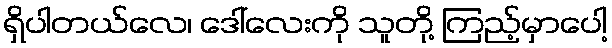
ရှိပါတယ်လေ၊ ဒေါ်လေးကို သူတို့ ကြည့်မှာပေါ့